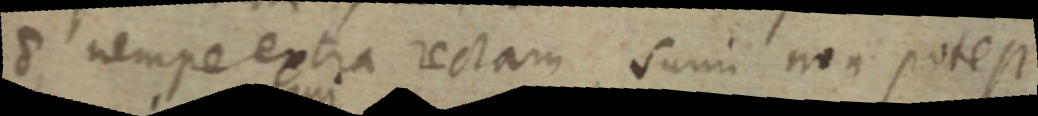
nempe extra rectam sum non potest